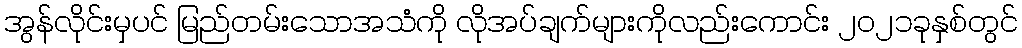
အွန်လိုင်းမှပင် မြည်တမ်းသောအသံကို လိုအပ်ချက်များကိုလည်းကောင်း ၂၀၂၁ခုနှစ်တွင်